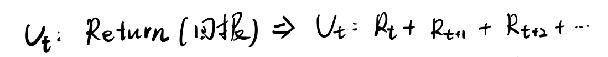
$v_t:=Return($回报$)\Rightarrow v_t:=R_t+R_{t1}+R_{t2}+\cdots$